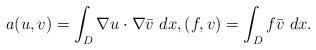
LaTeX: \begin{align*}a(u,v)=\int_D \nabla u\cdot\nabla \bar{v}~dx,(f,v)=\int_D f \bar{v}~dx.\end{align*}